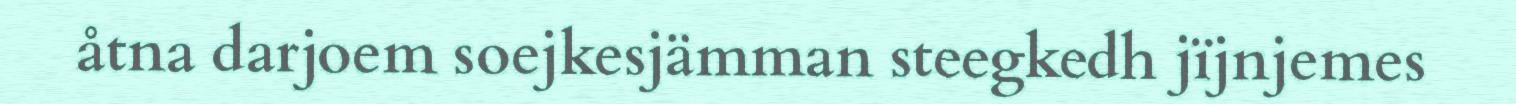
åtna darjoem soejkesjämman steegkedh jïjnjemes